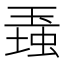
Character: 𤧠